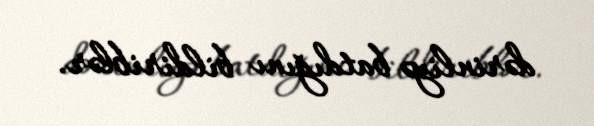
dərinliyə batdığını bildiriblər.